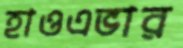
হাওএভার